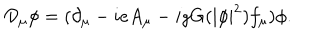
{ \cal D } _ { \mu } \phi = ( \partial _ { \mu } - i e A _ { \mu } - i g G ( | \phi | ^ { 2 } ) f _ { \mu } ) \phi .